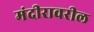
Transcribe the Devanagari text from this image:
मंदीरावरील